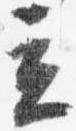
立